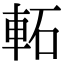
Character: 𨋓